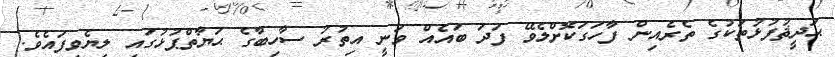
ޙަދީޘުފުޅުތަކުގެ ތެރެއިން ފާހަގަކޮށްލެވޭ ފަދަ ބައެއް ވަނީ އިތުރު ސާހިބާގެ ޙަޔާތްޕުޅުގައި ލިޔެވިފައެވެ.